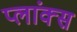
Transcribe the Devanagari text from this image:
प्लांक्स